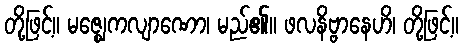
တို့ဖြင့်။ မဇ္ဈေကလျာဏော၊ မည်၏။ ဖလနိဗ္ဗာနေဟိ၊ တို့ဖြင့်။